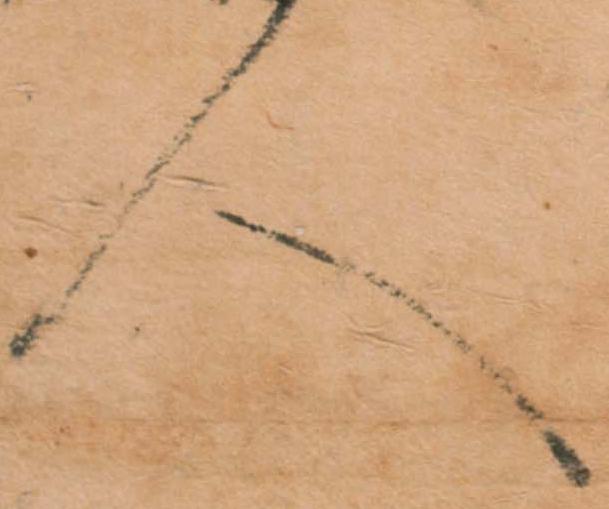
人